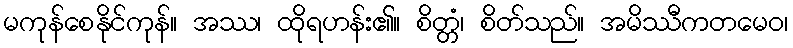
မကုန်စေနိုင်ကုန်။ အဿ၊ ထိုရဟန်း၏။ စိတ္တံ၊ စိတ်သည်။ အမိဿီကတမေဝ၊